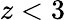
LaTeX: z<3